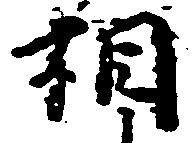
相